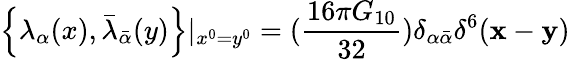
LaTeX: \left\{ \lambda_{\alpha}(x),\bar{\lambda}_{\bar{\alpha}}(y)\right\} |_{x^{0}=y^{0}}=(\frac{16\pi G_{10}}{32})\delta_{\alpha\bar{\alpha}}\delta^{6}({\mathbf x}-{\mathbf y})